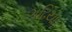
ગઢિયા